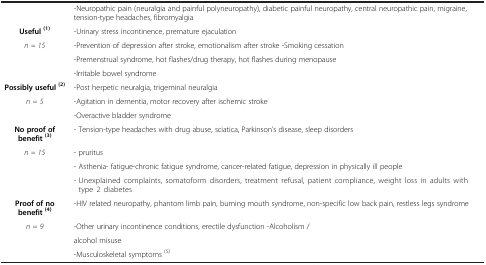
| <COLSPAN=2>  |
 | --- | --- |
 |  | -Neuropathic pain (neuralgia and painful polyneuropathy), diabetic painful neuropathy, central neuropathic pain, migraine, tension-type headaches, fibromyalgia |
 | Useful (1) | -Urinary stress incontinence, premature ejaculation |
 | <ROWSPAN=3> n = 15 | -Prevention of depression after stroke, emotionalism after stroke -Smoking cessation |
 | -Premenstrual syndrome, hot flashes/drug therapy, hot flashes during menopause |
 | -Irritable bowel syndrome |
 | Possibly useful (2) | -Post herpetic neuralgia, trigeminal neuralgia |
 | <ROWSPAN=2> n = 5 | -Agitation in dementia, motor recovery after ischemic stroke |
 | -Overactive bladder syndrome |
 | No proof of benefit (3) | - Tension-type headaches with drug abuse, sciatica, Parkinson’s disease, sleep disorders |
 | <ROWSPAN=3> n = 15 | - pruritus |
 | - Asthenia- fatigue-chronic fatigue syndrome, cancer-related fatigue, depression in physically ill people |
 | - Unexplained complaints, somatoform disorders, treatment refusal, patient compliance, weight loss in adults with type 2 diabetes |
 | Proof of no benefit (4) | -HIV related neuropathy, phantom limb pain, burning mouth syndrome, non-specific low back pain, restless legs syndrome |
 | <ROWSPAN=2> n = 9 | -Other urinary incontinence conditions, erectile dysfunction -Alcoholism / |
 | alcohol misuse |
 |  | -Musculoskeletal symptoms (5) |